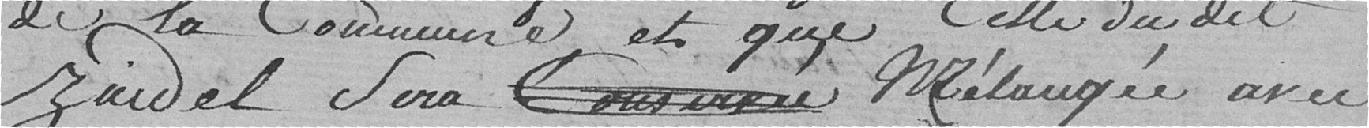
de la commune et que celle du dit Zuidel sera mélangée avec